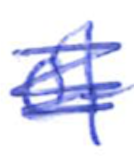
Text: of
Cross-out: scratch
Writing tool: ballpoint